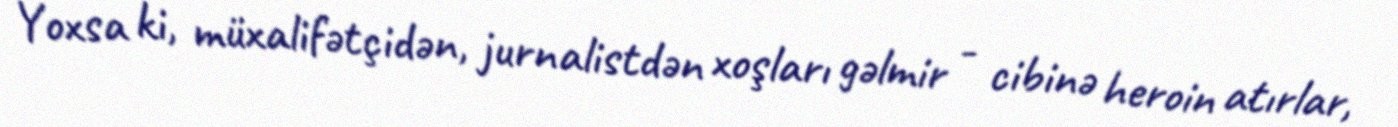
Yoxsa ki, müxalifətçidən, jurnalistdən xoşları gəlmir - cibinə heroin atırlar,